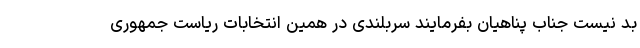
بد نیست جناب پناهیان بفرمایند سربلندی در همین انتخابات ریاست جمهوری